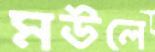
মউলে